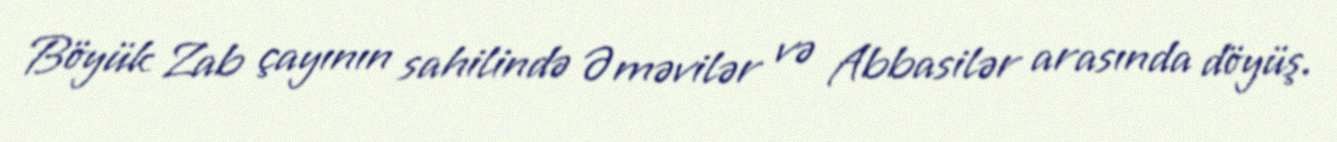
Böyük Zab çayının sahilində Əməvilər və Abbasilər arasında döyüş.